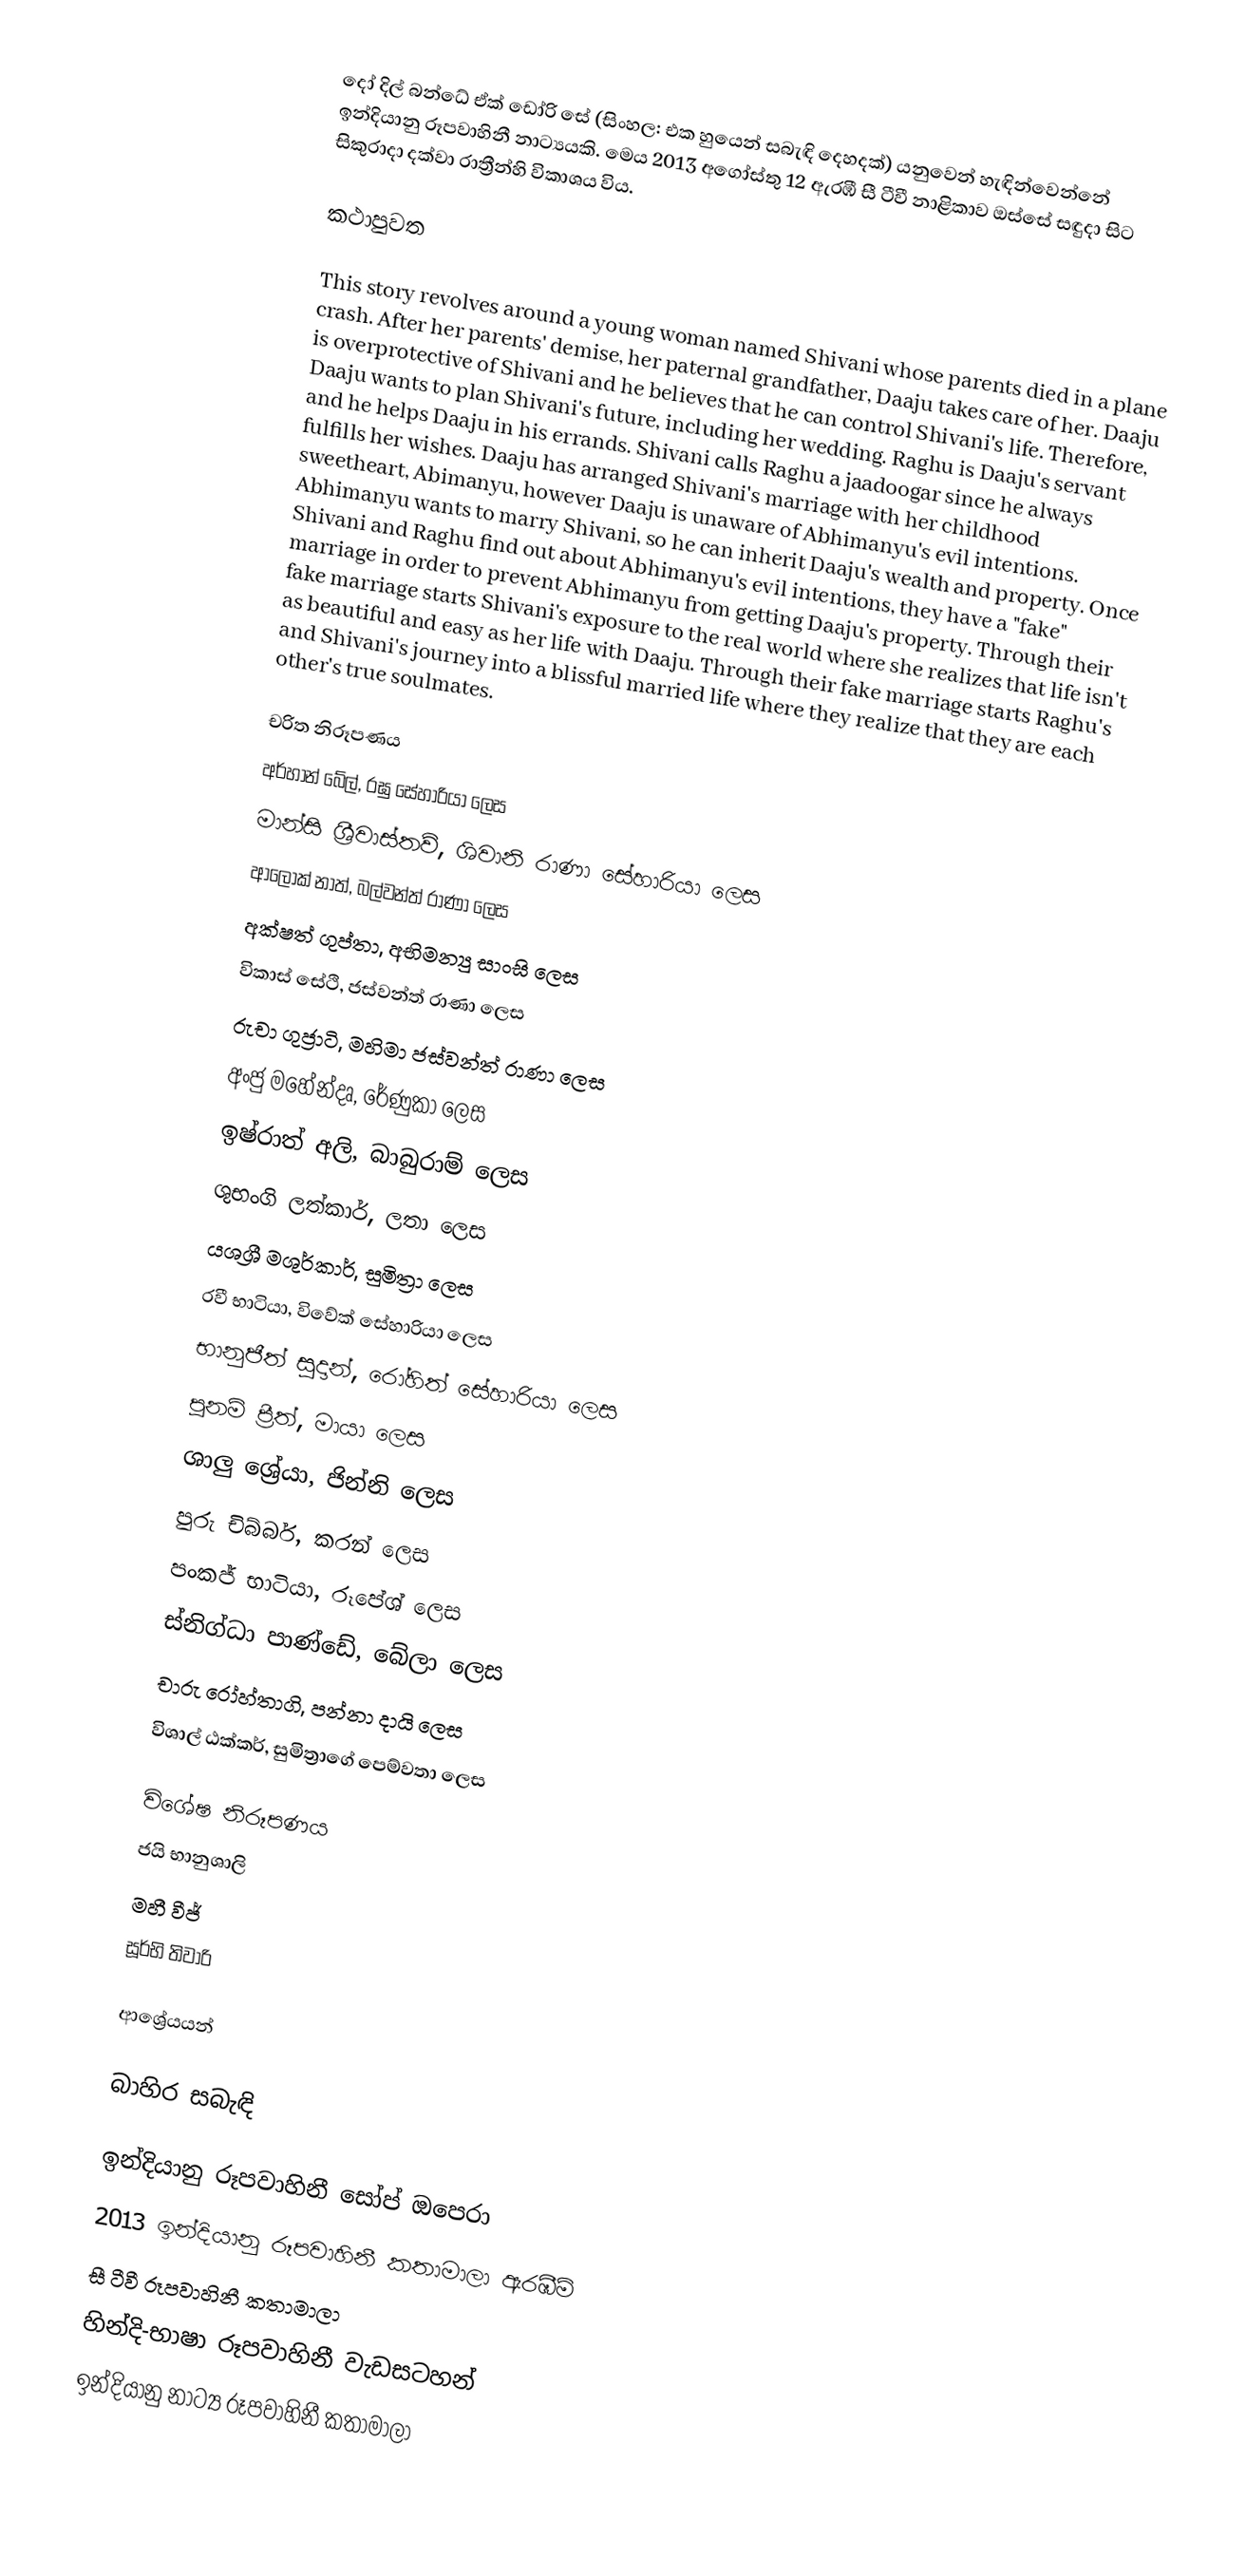
දෝ දිල් බන්ධේ ඒක් ඩෝරි සේ (සිංහල: එක හුයෙන් සබැඳි දෙහදක්) යනුවෙන් හැඳින්වෙන්නේ ඉන්දියානු රූපවාහිනී නාට්‍යයකි. මෙය 2013 අගෝස්තු 12 ඇරඹී සී ටීවී නාළිකාව ඔස්සේ සඳුදා සිට සිකුරාදා දක්වා රාත්‍රීන්හි විකාශය විය.

කථාපුවත

This story revolves around a young woman named Shivani whose parents died in a plane crash. After her parents' demise, her paternal grandfather, Daaju takes care of her.  Daaju is overprotective of Shivani and he believes that he can control Shivani's life.  Therefore, Daaju wants to plan Shivani's future, including her wedding.  Raghu is Daaju's servant and he helps Daaju in his errands.  Shivani calls Raghu a jaadoogar since he always fulfills her wishes. Daaju has arranged Shivani's marriage with her childhood sweetheart, Abimanyu, however Daaju is unaware of Abhimanyu's evil intentions.  Abhimanyu wants to marry Shivani, so he can inherit Daaju's wealth and property.  Once Shivani and Raghu find out about Abhimanyu's evil intentions, they have a "fake" marriage in order to prevent Abhimanyu from getting Daaju's property.  Through their fake marriage starts Shivani's exposure to the real world where she realizes that life isn't as beautiful and easy as her life with Daaju. Through their fake marriage starts Raghu's and Shivani's journey into a blissful married life where they realize that they are each other's true soulmates.

චරිත නිරූපණය
 අර්හාන් බේල්, රඝු සේහාරියා ලෙස
 මාන්සි ශ්‍රීවාස්තව්, ශිවානි රාණා සේහාරියා ලෙස
 ආලෝක් නාත්, බල්වන්ත් රාණා ලෙස
 අක්ෂත් ගුප්තා, අභිමන්‍යු සාංඝි ලෙස
 විකාස් සේථි, ජස්වන්ත් රාණා ලෙස
 රුචා ගුජ්‍රාටි, මහිමා ජස්වන්ත් රාණා ලෙස
 අංජු මහේන්දෘ, රේණුකා ලෙස
 ඉෂ්රාත් අලි, බාබුරාම් ලෙස
 ශුභංගි ලත්කාර්, ලතා ලෙස
 යශශ්‍රී මශුර්කාර්, සුමිත්‍රා ලෙස
 රවී භාටියා, විවේක් සේහාරියා ලෙස
 භානුජීත් සුදාන්, රෝහිත් සේහාරියා ලෙස
 පූනම් ප්‍රීත්, මායා ලෙස
 ශාලු ශ්‍රේයා, ජින්නි ලෙස
 පුරු චිබ්බර්, කරන් ලෙස
 පංකජ් භාටියා, රූපේශ් ලෙස
 ස්නිග්ධා පාණ්ඩේ, බේලා ලෙස
 චාරු රෝහ්තාගි, පන්නා දායි ලෙස
 විශාල් ඨක්කර්, සුමිත්‍රාගේ පෙම්වතා ලෙස

විශේෂ නිරූපණය
ජයි භානුශාලි
මහී වීජ්
සූර්භි තිවාරි

ආශ්‍රේයයන්

බාහිර සබැඳි

ඉන්දියානු රූපවාහිනී සෝප් ඔපෙරා
2013 ඉන්දියානු රූපවාහිනී කතාමාලා ඇරඹීම්
සී ටීවී රූපවාහිනී කතාමාලා
හින්දි-භාෂා රූපවාහිනී වැඩසටහන්
ඉන්දියානු නාට්‍ය රූපවාහිනී කතාමාලා